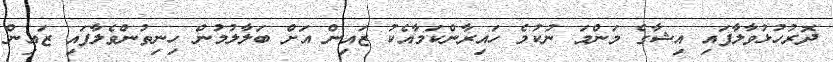
ދޮރުހުޅުވާލާފައި އިޝާގެ މަންމަ ނުކުމެ ހައިރާންކަމާއެކު ޒައިން އަށް ބަލާލުމުން ހިނިތުންވެލާފައި ޒައިން